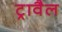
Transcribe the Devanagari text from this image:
ट्रावैल